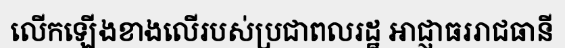
លើកឡើងខាងលើរបស់ប្រជាពលរដ្ឋ អាជ្ញាធររាជធានី